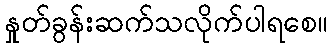
နှုတ်ခွန်းဆက်သလိုက်ပါရစေ။